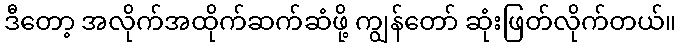
ဒီတော့ အလိုက်အထိုက်ဆက်ဆံဖို့ ကျွန်တော် ဆုံးဖြတ်လိုက်တယ်။